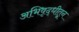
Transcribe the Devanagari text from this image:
अभिवृद्धीतून